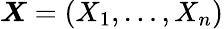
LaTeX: \boldsymbol{X}=(X_{1},\dots,X_{n})